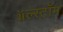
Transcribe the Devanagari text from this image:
ॲल्स्टॉम